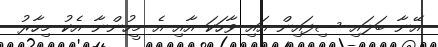
އޭނާ ބަލައި ސިފައިން އައި ވާހަކަ އާއި އެ މީހުންނާ އެކު މިހާރު